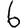
Digit: 6